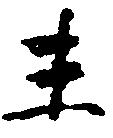
末